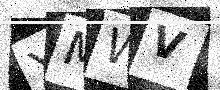
Text: YMWV